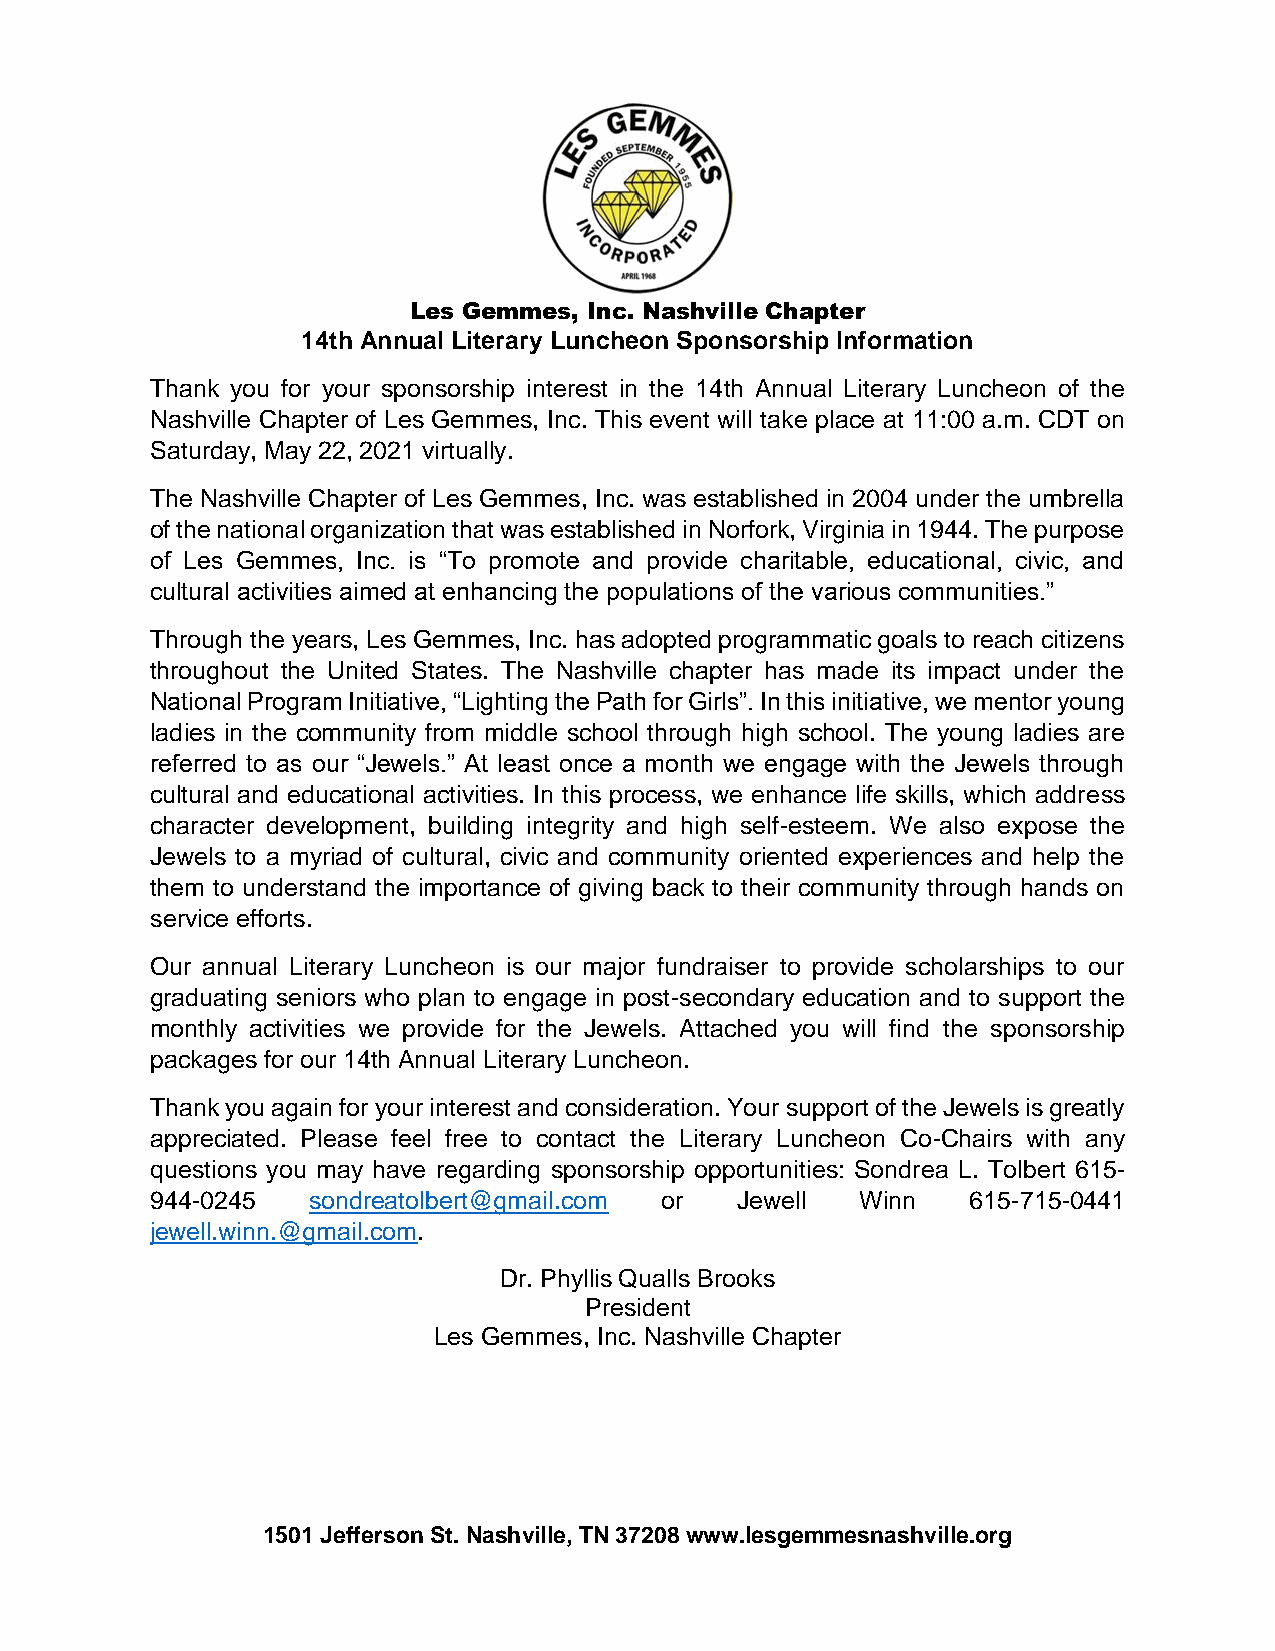
Les Gemmes, Inc. Nashville Chapter
 14th Annual Literary Luncheon Sponsorship Information
 Thank you for your sponsorship interest in the 14th Annual Literary Luncheon of the
 Nashville Chapter of Les Gemmes, Inc. This event will take place at 11:00 a.m. CDT on
 Saturday, May 22, 2021 virtually.
 The Nashville Chapter of Les Gemmes, Inc. was established in 2004 under the umbrella
 of the national organization that was established in Norfork, Virginia in 1944. The purpose
 of Les Gemmes, Inc. is “To promote and provide charitable, educational, civic, and
 cultural activities aimed at enhancing the populations of the various communities.”
 Through the years, Les Gemmes, Inc. has adopted programmatic goals to reach citizens
 throughout the United States. The Nashville chapter has made its impact under the
 National Program Initiative, “Lighting the Path for Girls”. In this initiative, we mentor young
 ladies in the community from middle school through high school. The young ladies are
 referred to as our “Jewels.” At least once a month we engage with the Jewels through
 cultural and educational activities. In this process, we enhance life skills, which address
 character development, building integrity and high self-esteem. We also expose the
 Jewels to a myriad of cultural, civic and community oriented experiences and help the
 them to understand the importance of giving back to their community through hands on
 service efforts.
 Our annual Literary Luncheon is our major fundraiser to provide scholarships to our
 graduating seniors who plan to engage in post-secondary education and to support the
 monthly activities we provide for the Jewels. Attached you will find the sponsorship
 packages for our 14th Annual Literary Luncheon.
 Thank you again for your interest and consideration. Your support of the Jewels is greatly
 appreciated. Please feel free to contact the Literary Luncheon Co-Chairs with any
 questions you may have regarding sponsorship opportunities: Sondrea L. Tolbert 615-
 944-0245  sondreatolbert@gmail.com or  Jewell  Winn   615-715-0441
 jewell.winn.@gmail.com.
 Dr. Phyllis Qualls Brooks
 President
 Les Gemmes, Inc. Nashville Chapter
 1501 Jefferson St. Nashville, TN 37208 www.lesgemmesnashville.org